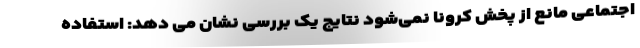
اجتماعی مانع از پخش کرونا نمی‌شود نتایج یک بررسی نشان می دهد: استفاده